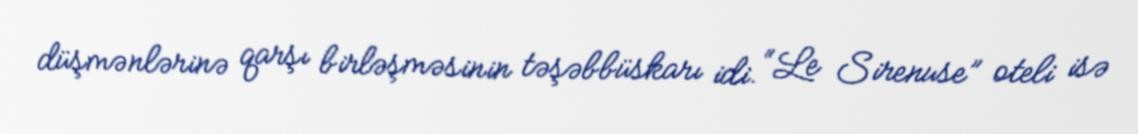
düşmənlərinə qarşı birləşməsinin təşəbbüskarı idi. “Le Sirenuse” oteli isə